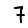
Digit: 7